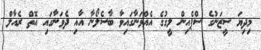
މިދިޔަ ސީޒަނުގެ ސްޕެއިން ލީގުގެ އެއްވަނާގައިވާ ބާސެލޯނާ އާއި ދެވަނާގައި އޮތް ރެއާލް